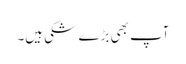
آپ بھی بڑے شکی ہیں۔